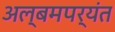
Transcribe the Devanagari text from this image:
अल्बमपर्यंत